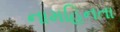
નામહિનતા